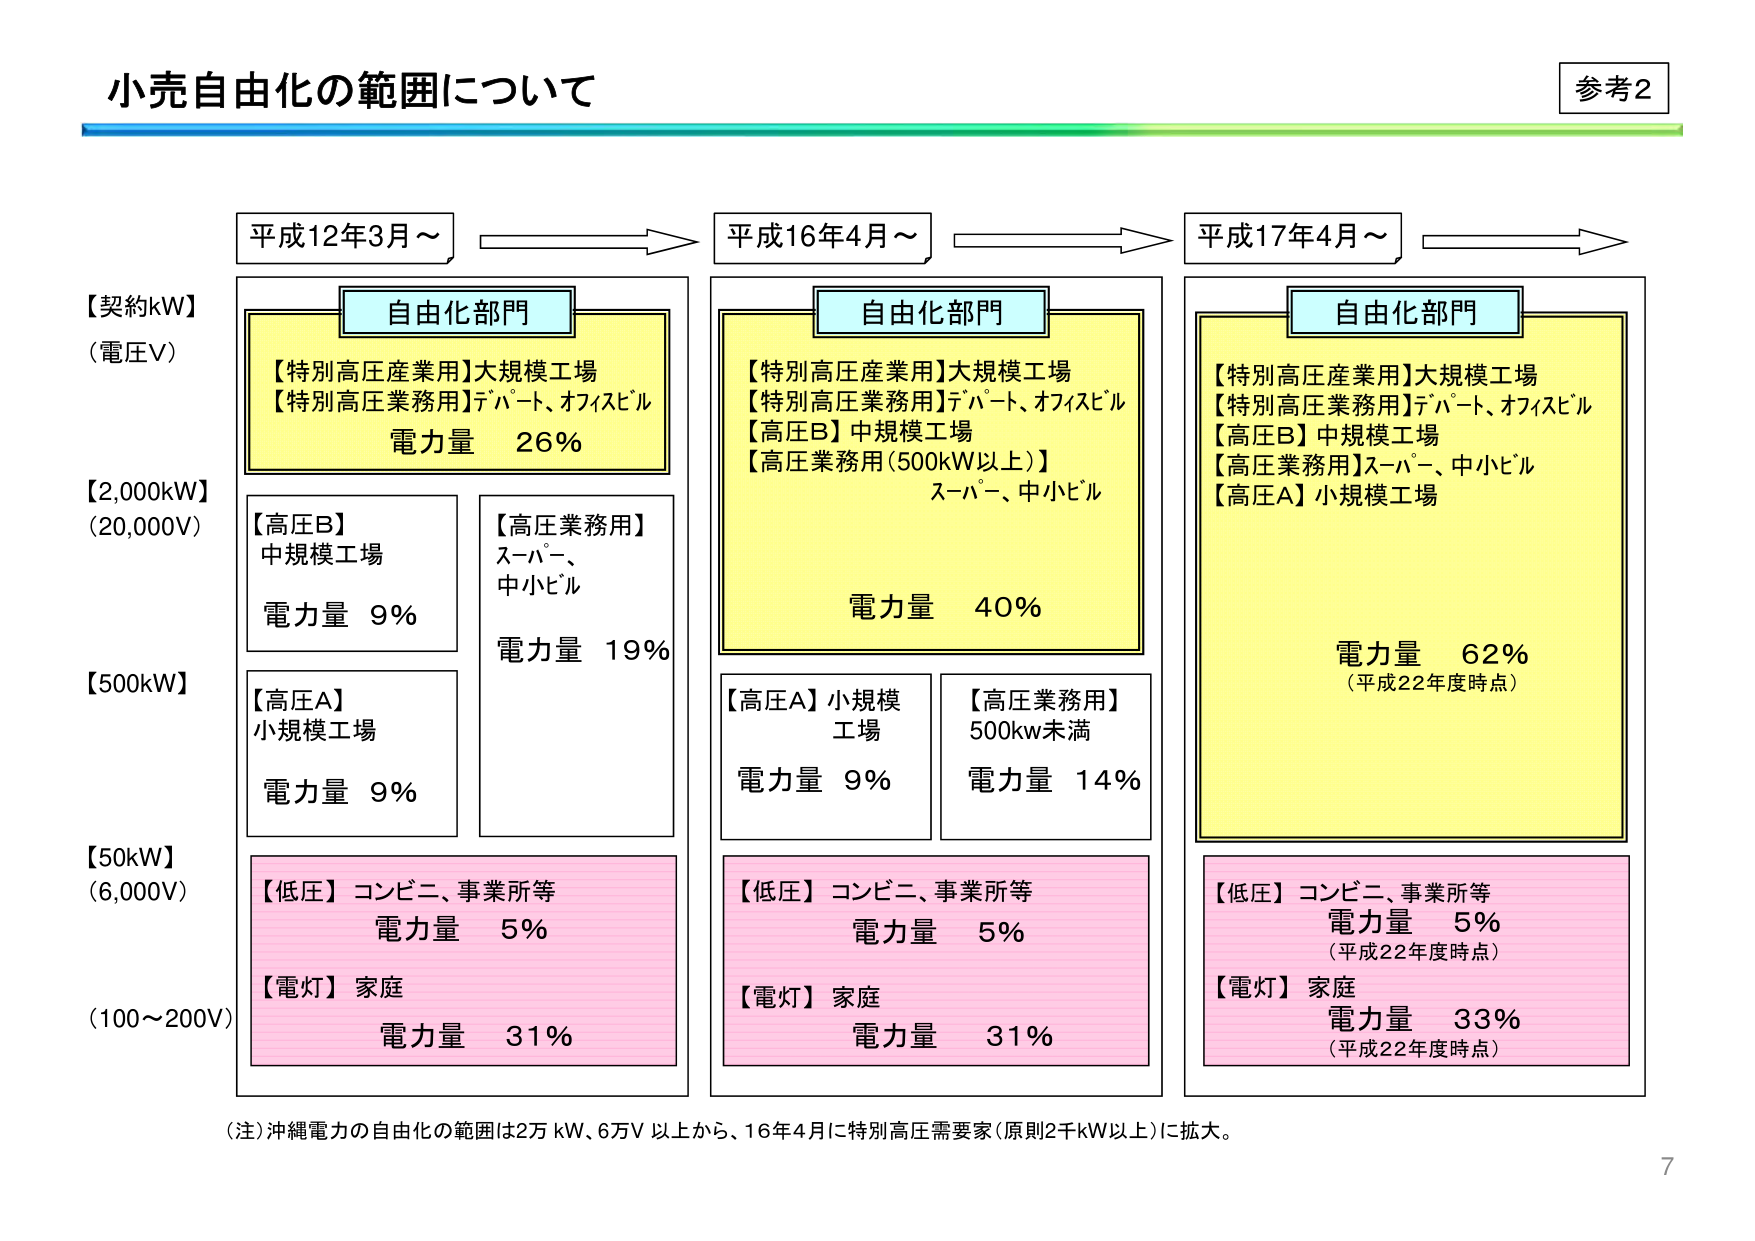
小売自由化の範囲について

参考2

平成12年3月～
自由化部門
【特別高圧産業用】大規模工場
【特別高圧業務用】デパート、オフィスビル
電力量 26%

【高圧B】
中規模工場
電力量 9%

【高圧A】
小規模工場
電力量 9%

【低圧】コンビニ、事業所等
電力量 5%

【電灯】家庭
電力量 31%

平成16年4月～
自由化部門
【特別高圧産業用】大規模工場
【特別高圧業務用】デパート、オフィスビル
【高圧B】中規模工場
【高圧業務用（500kW以上）】
スーパー、中小ビル
電力量 40%

【高圧A】小規模工場
電力量 9%

【高圧業務用】
500kw未満
電力量 14%

【低圧】コンビニ、事業所等
電力量 5%

【電灯】家庭
電力量 31%

平成17年4月～
自由化部門
【特別高圧産業用】大規模工場
【特別高圧業務用】デパート、オフィスビル
【高圧B】中規模工場
【高圧業務用】スーパー、中小ビル
【高圧A】小規模工場
電力量 62%
（平成22年度時点）

【低圧】コンビニ、事業所等
電力量 5%
（平成22年度時点）

【電灯】家庭
電力量 33%
（平成22年度時点）

【契約kW】
（電圧V）
【2,000kW】
（20,000V）
【500kW】
【50kW】
（6,000V）
（100～200V）

（注）沖縄電力の自由化の範囲は2万kW、6万V以上から、16年4月に特別高圧需要家（原則2千kW以上）に拡大。

7